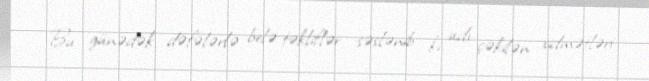
Bu günədək dəfələrlə belə təkliflər səslənib ki, adı çəkilən xidmətləri